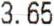
3.65